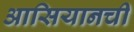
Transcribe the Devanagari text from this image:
आसियानची